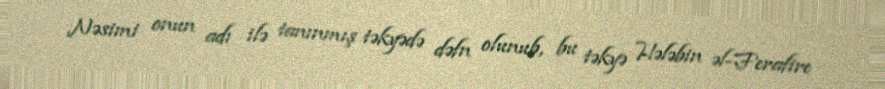
Nəsimi onun adı ilə tanınmış təkyədə dəfn olunub, bu təkyə Hələbin əl-Ferafire